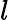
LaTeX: \mathnormal{l}